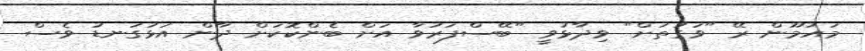
މައުމޫން ރޭ "ވަގުތަށް" ވިދާޅުވީ "ބޭސްފަރުވާ އަށް ބެންކޮކަށް ދާން އަޅުގަނޑު ވެސް